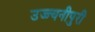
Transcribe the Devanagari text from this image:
उज्ज्यनीपुरी